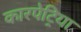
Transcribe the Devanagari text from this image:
कारपेट्रिया